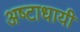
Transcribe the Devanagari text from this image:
अष्‍टाधायी